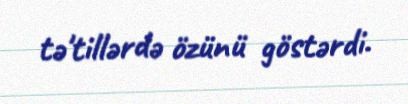
tə'tillərdə özünü göstərdi.